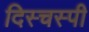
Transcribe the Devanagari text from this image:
दिस्चस्पी